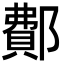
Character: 鄪